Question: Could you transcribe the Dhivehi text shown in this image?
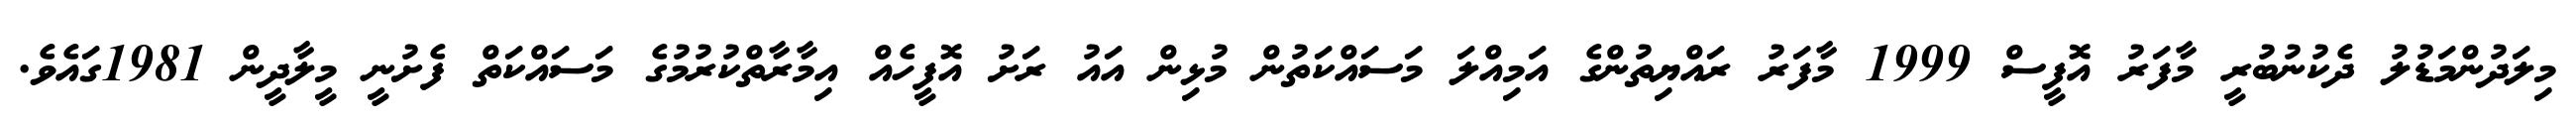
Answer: މިލަދުންމަޑުލު ދެކުނުބުރީ މާފަރު އޮފީސް 1999 މާފަރު ރައްޔިތުންގެ އަމިއްލަ މަސައްކަތުން މުޅިން އައު ރަށު އޮފީހެއް އިމާރާތްކުރުމުގެ މަސައްކަތް ފެށުނީ މީލާދީން 1981ގައެވެ.